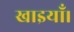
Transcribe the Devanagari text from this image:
खाइयाँ।